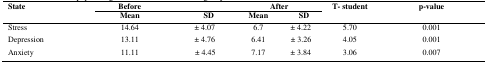
<table><thead><tr><td rowspan="2"><b>State</b></td><td><b>Before</b></td><td></td><td colspan="2"><b>After</b></td><td rowspan="2"><b>T- student</b></td><td rowspan="2"><b>p-value</b></td></tr><tr><td><b>Mean</b></td><td><b>SD</b></td><td><b>Mean</b></td><td><b>SD</b></td></tr></thead><tbody><tr><td>Stress</td><td>14.64</td><td>± 4.07</td><td>6.7</td><td>± 4.22</td><td>5.70</td><td>0.001</td></tr><tr><td>Depression</td><td>13.11</td><td>± 4.76</td><td>6.41</td><td>± 3.26</td><td>4.05</td><td>0.001</td></tr><tr><td>Anxiety</td><td>11.11</td><td>± 4.45</td><td>7.17</td><td>± 3.84</td><td>3.06</td><td>0.007</td></tr></tbody></table>